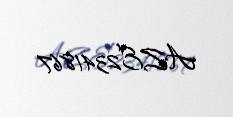
AZE2341867